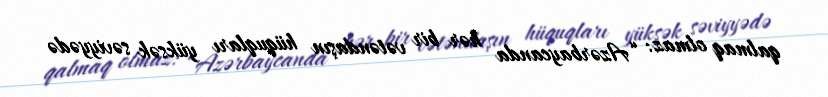
qalmaq olmaz: “Azərbaycanda hər bir vətəndaşın hüquqları yüksək səviyyədə